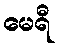
မေရီ